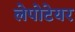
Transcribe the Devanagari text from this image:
लेपोटेयर